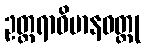
ဥတ္တရာဝိမာနဝတ္ထု